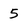
Character: 5